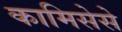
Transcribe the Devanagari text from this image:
कामिसेसे